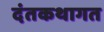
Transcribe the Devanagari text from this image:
दंतकथागत